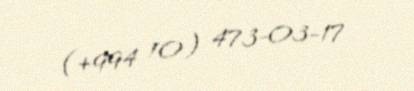
(+994 10) 473-03-17